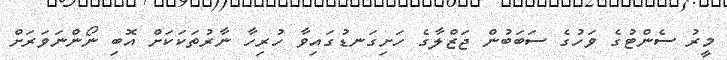
މީރު ސެންޓުގެ ވަހުގެ ސަބަބުން ޖަޒްލާގެ ހަށިގަނޑުގައިވާ ހުރިހާ ނާރުތަކަކަށް އޮބި ނޯންނަވަރަށް